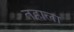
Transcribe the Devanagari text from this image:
तहाला